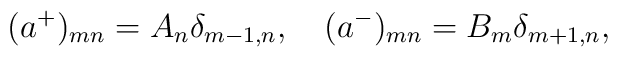
(a^+)_{mn}=A_n\delta_{m-1,n},\quad(a^-)_{mn}=B_m\delta_{m+1,n},